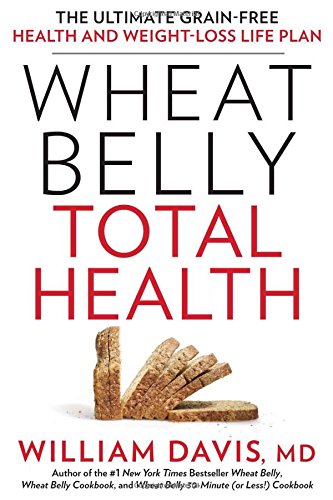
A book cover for Wheat Belly Total Health: The Ultimate Grain-Free Health and Weight-Loss Life Plan; William Davis; Cookbooks, Food & Wine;